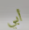
أبي